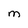
Character: M